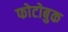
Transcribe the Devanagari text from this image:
फोटोबुक